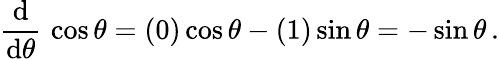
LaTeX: {\frac{\operatorname{d}}{\operatorname{d}\! \theta}}\, \cos\theta=(0)\cos\theta-(1)\sin\theta=-\sin\theta\, .